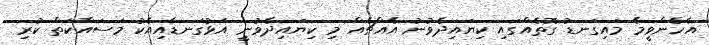
އެހެންވީމާ މައިގަނޑު ގޮތެއްގައި ކިޔައިދެވުނު އެއްޗެއް މި ކިޔައިދެވުނީ އަޅުގަނޑާއިއެކު މަސައްކަތް ކުރި